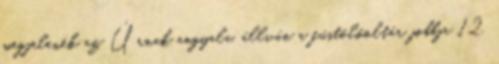
megjelenék az Úrnak angyala, állván a füstölőoltár jobbja 12.